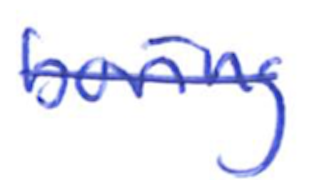
Text: boring
Cross-out: single-line
Writing tool: ballpoint